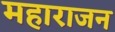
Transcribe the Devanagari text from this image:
महाराजन